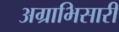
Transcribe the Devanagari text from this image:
अग्राभिसारी